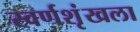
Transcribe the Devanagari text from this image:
स्वर्णशृंखला